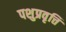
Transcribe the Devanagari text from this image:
पशुप्रवृत्ति